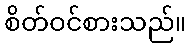
စိတ်ဝင်စားသည်။